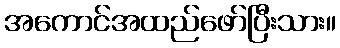
အကောင်အထည်ဖော်ပြီးသား။